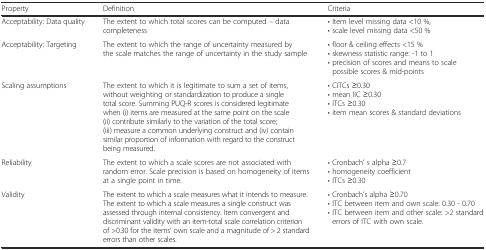
| Property | Definition | Criteria |
 | --- | --- | --- |
 | Acceptability: Data quality | The extent to which total scores can be computed – data completeness | • Item level missing data <10 %,• scale level missing data <50 % |
 | Acceptability: Targeting | The extent to which the range of uncertainty measured by the scale matches the range of uncertainty in the study sample | • floor & ceiling effects <15 %• skewness statistic range: -1 to 1• precision of scores and means to scale possible scores & mid-points |
 | Scaling assumptions | The extent to which it is legitimate to sum a set of items, without weighting or standardization to produce a single total score. Summing PUQ-R scores is considered legitimate when (i) items are measured at the same point on the scale (ii) contribute similarly to the variation of the total score; (iii) measure a common underlying construct and (iv) contain similar proportion of information with regard to the construct being measured. | • CITCs ≥0.30• mean IIC ≥0.30• ITCs ≥0.30• item mean scores & standard deviations |
 | Reliability | The extent to which a scale scores are not associated with random error. Scale precision is based on homogeneity of items at a single point in time. | • Cronbach’ s alpha ≥0.7• homogeneity coefficient• ITCs ≥0.30 |
 | Validity | The extent to which a scale measures what it intends to measure. The extent to which a scale measures a single construct was assessed through internal consistency. Item convergent and discriminant validity with an item-total scale correlation criterion of >0.30 for the items’ own scale and a magnitude of > 2 standard errors than other scales. | • Cronbach’s alpha ≥0.70• ITC between item and own scale: 0.30 - 0.70• ITC between item and other scale: >2 standard errors of ITC with own scale. |